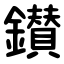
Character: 鑚